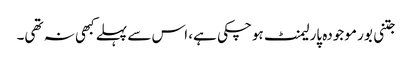
جتنی بور موجودہ پارلیمنٹ ہوچکی ہے، اس سے پہلے کبھی نہ تھی۔